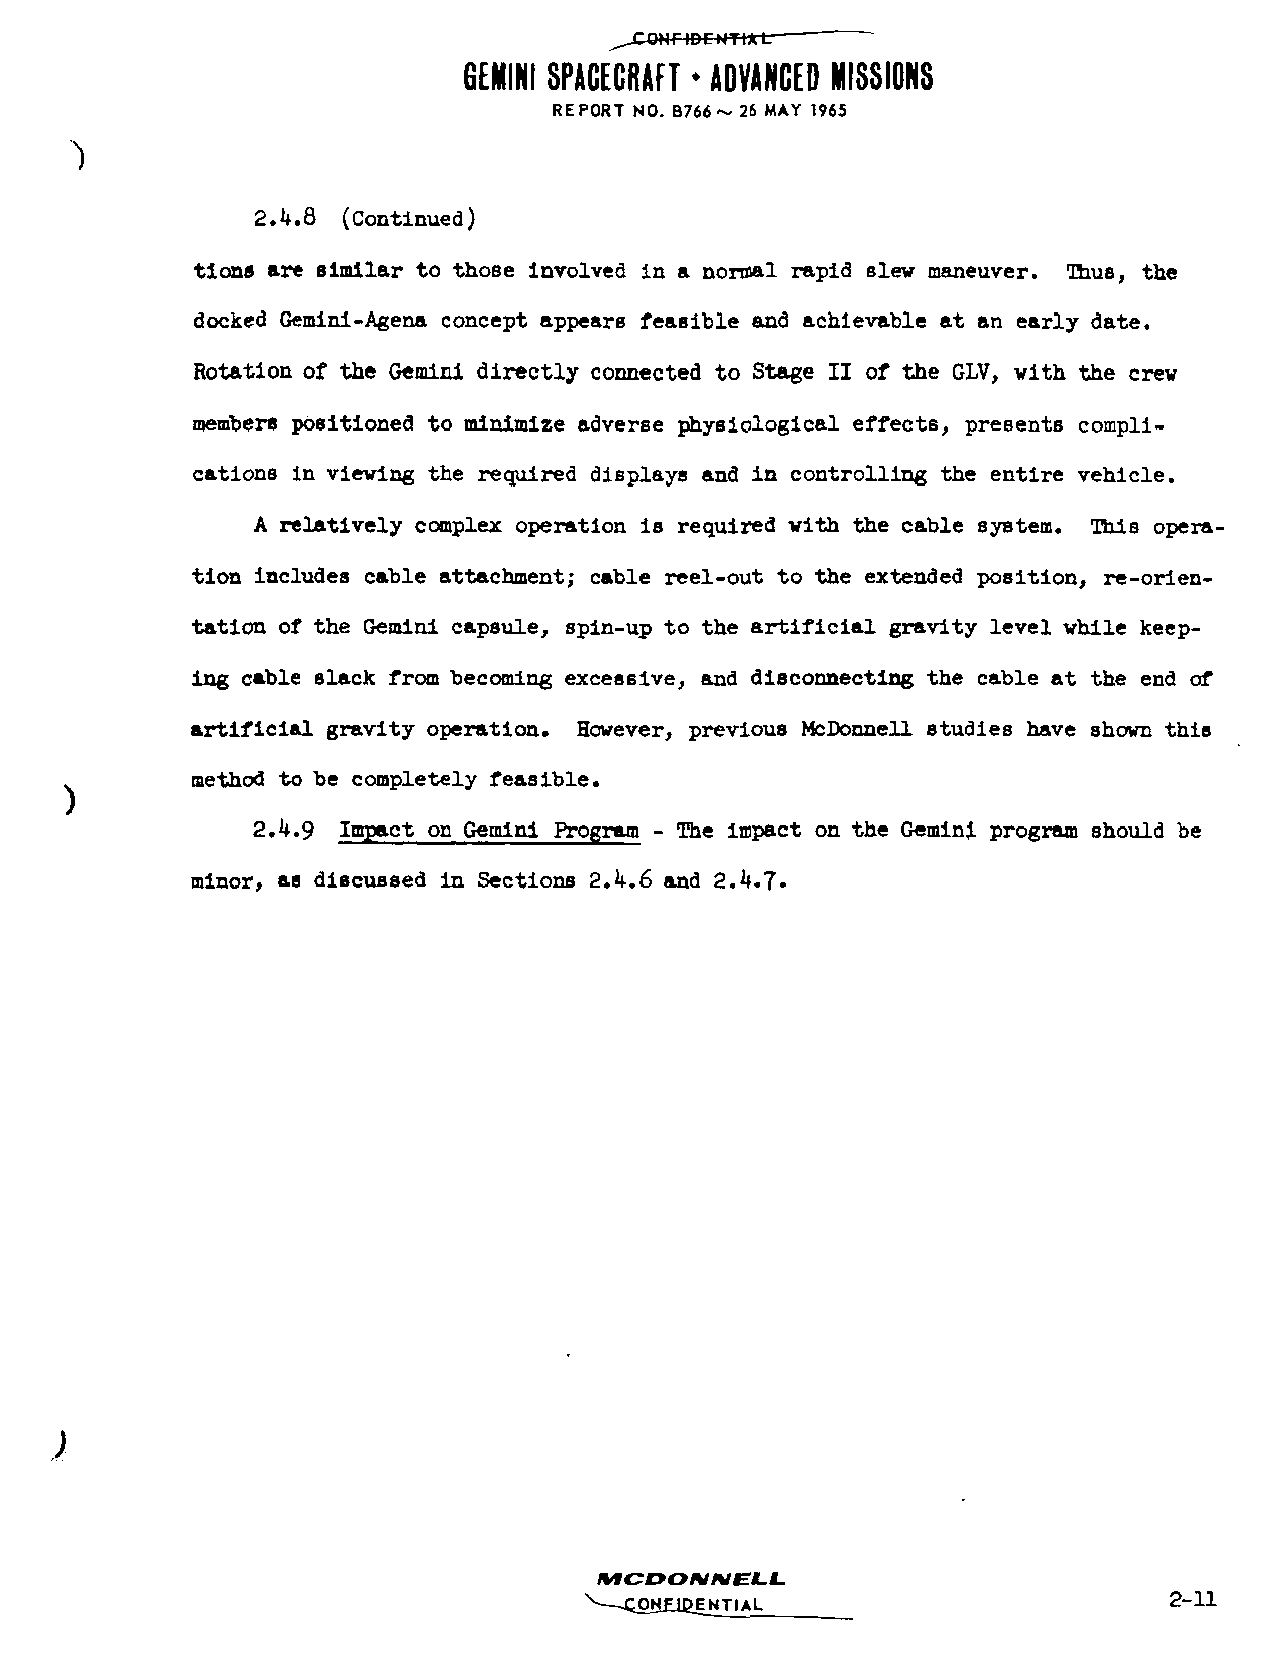
^XOHriDCHTWrt:
 GEMINI SPACECRAFT * ADVANCED MISSIONS
 REPORT NO. B766~ 26 MAY 1965
 2.4.8 (Continued)
 tions are similar to those involved in a normal rapid slew maneuver . Thus, the
 docked Gemini-Agena concept appears feasible and achievable at an early date.
 Rotation of the Gemini directly connected to Stage II of the GLV, with the crew
 members positioned to minimize adverse physiological effects, presents compli
 cations in viewing the required displays and in controlling the entire vehicle.
 A relatively complex operation is required with the cable system. This opera
 tion includes cable attachment; cable reel-out to the extended position, re-orien
 tation of the Gemini capsule, spin-up to the artificial gravity level while keep
 ing cable slack from becoming excessive, and disconnecting the cable at the end of
 artificial gravity operation. However, previous McDonnell studies have shown this
 method to be completely feasible.
 2.4.9 Impact on Gemini Program - The impact on the Gemini program should be
 minor, as discussed in Sections 2.4.6 and 2.4.7-
 /VfCOO/V/VEt-I_
 V—-COMOPXN TIA L                      2-11